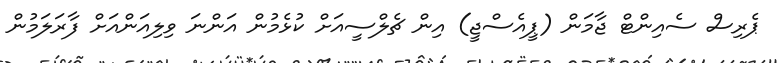
ޕެރިސް ސެއިންޓް ޖާމަން (ޕީއެސްޖީ) އިން ޗެލްސީއަށް ކުޅެމުން އަންނަ ވިލިއަންއަށް ފާރަލަމުން